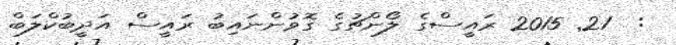
:  21